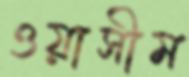
ওয়াসীম